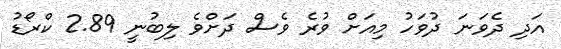
އަދި ދެވަނަ ދުވަހު މިއަށް ވުރެ ވެސް ދަށްވެ ލިބުނީ 2.89 ކްރޯޑު